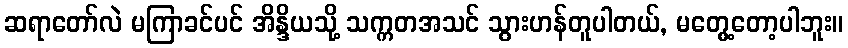
ဆရာတော်လဲ မကြာခင်ပင် အိန္ဒိယသို့ သက္ကတအသင် သွားဟန်တူပါတယ်, မတွေ့တော့ပါဘူး။